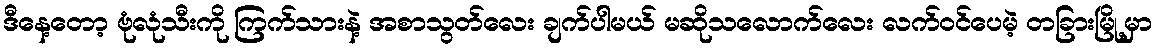
ဒီနေ့တော့ ဗုံလုံသီးကို ကြက်သားနဲ့ အစာသွတ်လေး ချက်ပါမယ် မဆိုသလောက်လေး လက်ဝင်ပေမဲ့ တခြားမြို့မှာ